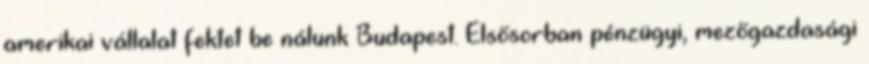
amerikai vállalat fektet be nálunk Budapest. Elsősorban pénzügyi, mezőgazdasági